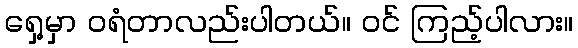
ရှေ့မှာ ဝရံတာလည်းပါတယ်။ ဝင် ကြည့်ပါလား။